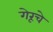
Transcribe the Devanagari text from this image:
गेरूचे